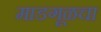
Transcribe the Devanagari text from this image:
माडगूळचा